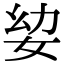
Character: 𭑵